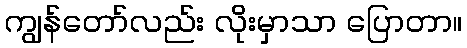
ကျွန်တော်လည်း လိုးမှာသာ ပြောတာ။